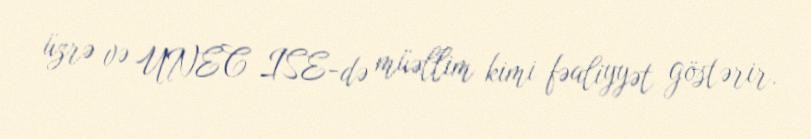
üzrə və UNEC ISE-də müəllim kimi fəaliyyət göstərir.